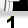
Digit: 1